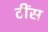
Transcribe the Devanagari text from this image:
टींस